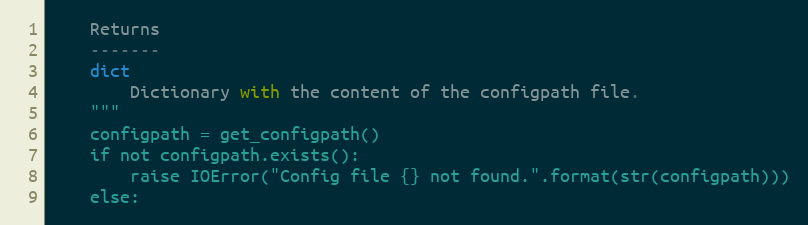
Language: Python
    Returns
    -------
    dict
        Dictionary with the content of the configpath file.
    """
    configpath = get_configpath()
    if not configpath.exists():
        raise IOError("Config file {} not found.".format(str(configpath)))
    else: